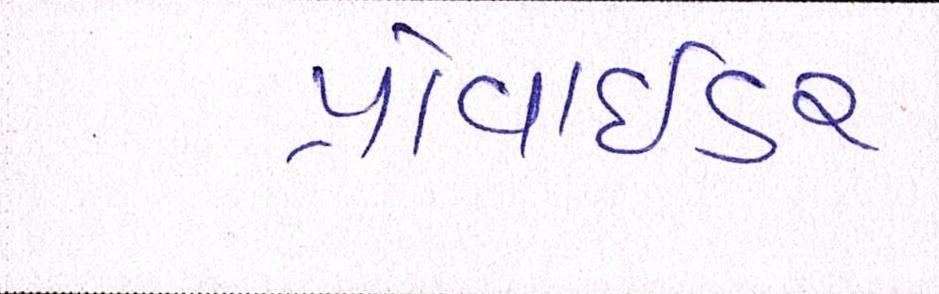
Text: પ્રોવાઇડર